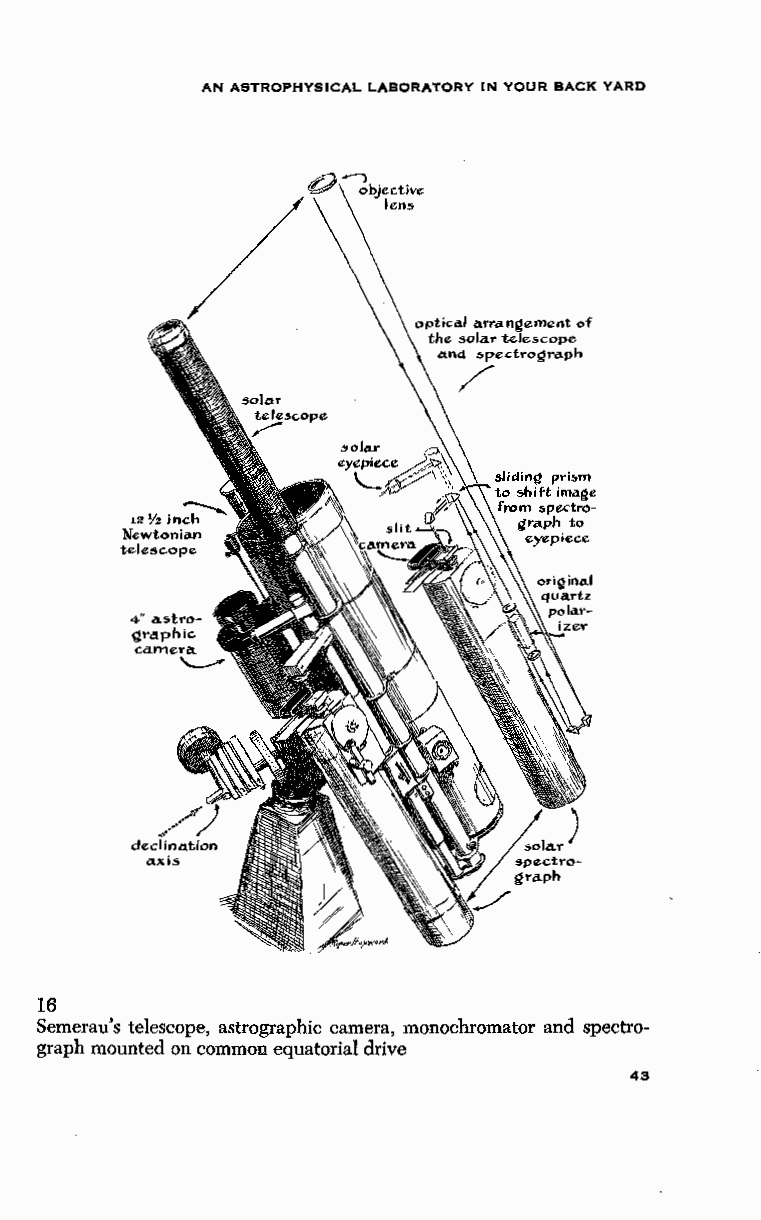
AN ASTROPHYSICAL LABORATORY IN YOUR BACK YARD
 optical a.rra.neement of
 the solar telescope
 and spectl'o~ra.ph
 /
 12¥21n:h"'
 Newtoni,.n
 telescope
 a" is
 16
 Semerau's telescope, astrographic camera, monochromator and spectro
 graph_mounted on common equatorial drive
 43